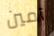
آمين